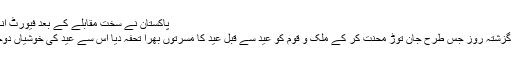
پاکستان نے سخت مقابلے کے بعد فیورٹ انگلینڈ کو ہرا دیا
کرکٹ ٹیم نے گزشتہ روز جس طرح جان توڑ محنت کر کے ملک و قوم کو عید سے قبل عید کا مسرتوں بھرا تحفہ دیا اس سے عید کی خوشیاں دوچند ہو گئی ہیں۔